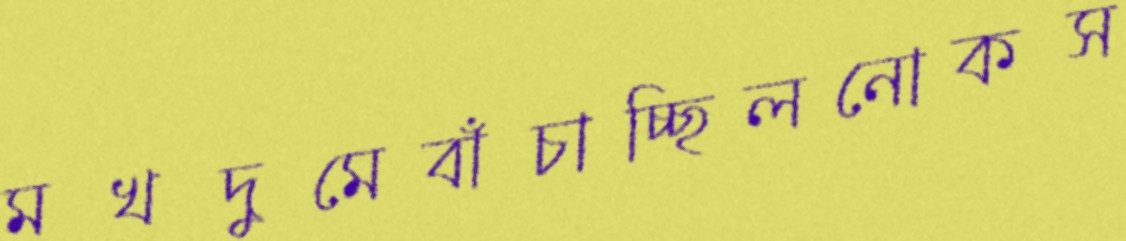
মখদুমেবাঁচাচ্ছিলনোকস